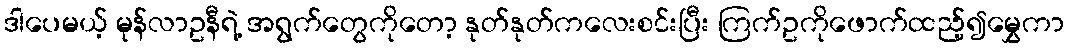
ဒါပေမယ့် မုန်လာဥနီရဲ့ အရွက်တွေကိုတော့ နုတ်နုတ်ကလေးစင်းပြီး ကြက်ဥကိုဖောက်ထည့်၍မွှေကာ